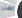
اسن